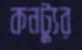
কনট্যুর